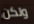
ولكن